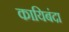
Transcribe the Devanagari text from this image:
कायिबंदा